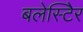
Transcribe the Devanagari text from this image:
बलेस्टिेर